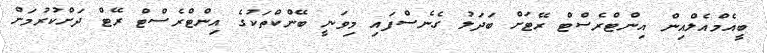
ބީއެމްއެލްއިން އިންޓްރެސްޓް ރޭޓަށް ބަދަލު ގެނެސްފައި މިވަނީ ބޭންކްތަކުގެ އިންޓްރެސްޓް ރޭޓް ދަށްކުރުމަށް